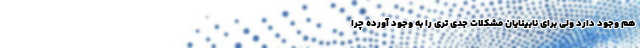
هم وجود دارد ولی برای نابینایان مشکلات جدی تری را به وجود آورده چرا